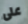
على